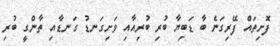
ފޮށިތައް ފޭރިގަނެ ބާ ޑަބިޔާ ބުރި ބުރިއާއި ވަށިގަނޑު ގަނޑާއި ތާންގީ ބުރި